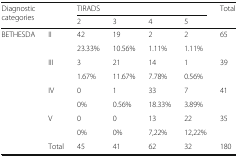
<table><thead><tr><td rowspan="2" colspan="2"><b>Diagnostic categories</b></td><td colspan="4"><b>TIRADS</b></td><td><b>Total</b></td></tr><tr><td><b>2</b></td><td><b>3</b></td><td><b>4</b></td><td><b>5</b></td><td></td></tr></thead><tbody><tr><td rowspan="8">BETHESDA</td><td rowspan="2">II</td><td>42</td><td>19</td><td>2</td><td>2</td><td>65</td></tr><tr><td>23.33%</td><td>10.56%</td><td>1.11%</td><td>1.11%</td><td></td></tr><tr><td rowspan="2">III</td><td>3</td><td>21</td><td>14</td><td>1</td><td>39</td></tr><tr><td>1.67%</td><td>11.67%</td><td>7.78%</td><td>0.56%</td><td></td></tr><tr><td rowspan="2">IV</td><td>0</td><td>1</td><td>33</td><td>7</td><td>41</td></tr><tr><td>0%</td><td>0.56%</td><td>18.33%</td><td>3.89%</td><td></td></tr><tr><td rowspan="2">V</td><td>0</td><td>0</td><td>13</td><td>22</td><td>35</td></tr><tr><td>0%</td><td>0%</td><td>7,22%</td><td>12,22%</td><td></td></tr><tr><td></td><td>Total</td><td>45</td><td>41</td><td>62</td><td>32</td><td>180</td></tr></tbody></table>